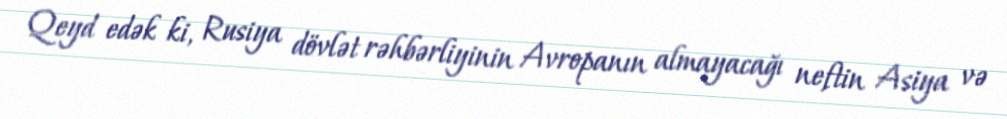
Qeyd edək ki, Rusiya dövlət rəhbərliyinin Avropanın almayacağı neftin Asiya və